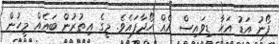
ފޯނު އަޑު އަހާ ޑިވައިސް އެއް ހޯދާފައެވެ. މީގެ އިތުރުން ބައެއް މީހުން